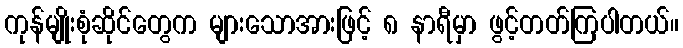
ကုန်မျိုးစုံဆိုင်တွေက များသောအားဖြင့် ၈ နာရီမှာ ဖွင့်တတ်ကြပါတယ်။